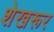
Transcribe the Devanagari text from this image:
शेखरूर